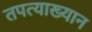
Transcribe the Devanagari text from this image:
तपत्याख्यान